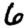
Digit: 6